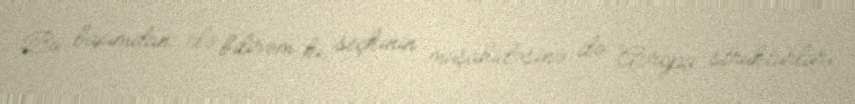
Bu baxımdan elə bilirəm ki, seçkinin müşahidəsinə də Avropa strukturları